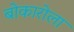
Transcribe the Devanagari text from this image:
बोकारोला